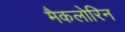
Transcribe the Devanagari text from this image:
मैकलोरिन